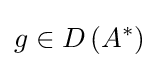
g\in D\left(A^{*}\right)